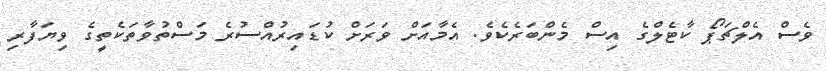
ވެސް އެލްޗަޕޯ ކާޓެލްގެ އިސް މެންބަރެކެވެ. އެމާއަށް ވަރަށް ކުޑައިރުއްސުރެ މަސްތުވާތަކެތީގެ ވިޔަފާރި